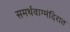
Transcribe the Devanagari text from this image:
समर्थवाग्मंदिरात